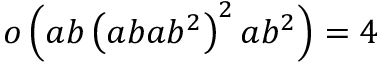
o \left( a b \left( a b a b ^ { 2 } \right) ^ { 2 } a b ^ { 2 } \right) = 4